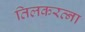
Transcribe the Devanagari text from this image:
तिलकरत्ना